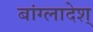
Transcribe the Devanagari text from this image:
बांग्लादेश्